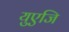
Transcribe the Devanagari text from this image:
युएजि